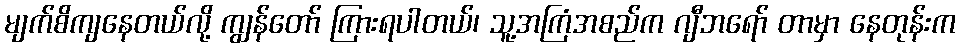
မျက်စိကျနေတယ်လို့ ကျွန်တော် ကြားရပါတယ်၊ သူ့အကြံအစည်က ဂျီဘရော် တာမှာ နေတုန်းက